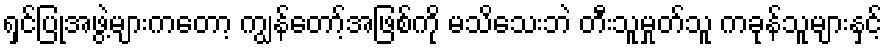
ရှင်ပြုအဖွဲ့များကတော့ ကျွန်တော့်အဖြစ်ကို မသိသေးဘဲ တီးသူမှုတ်သူ ကခုန်သူများနှင့်